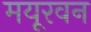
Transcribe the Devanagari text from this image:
मयूरवन